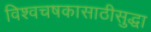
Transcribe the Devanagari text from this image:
विश्वचषकासाठीसुद्धा